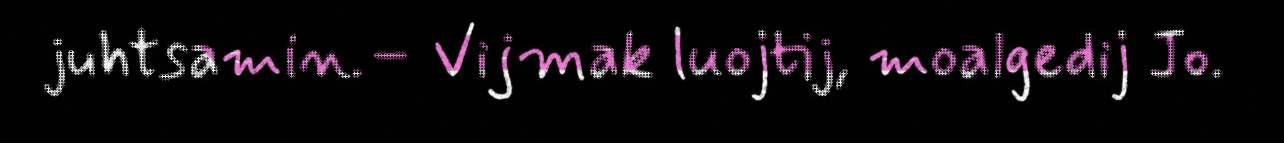
juhtsamin.– Vijmak luojtij, moalgedij Jo.